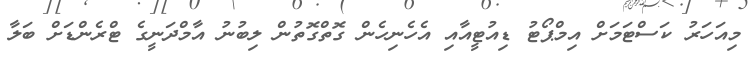
މިއަހަރު ކަސްޓަމަށް އިމްޕޯޓު ޑިއުޓީއާއި އެހެނިހެން ގޮތްގޮތުން ލިބުނު އާމްދަނީގެ ޓްރެންޑަށް ބަލާ